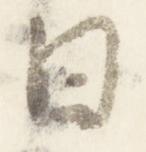
日